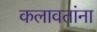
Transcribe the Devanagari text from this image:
कलावतांना